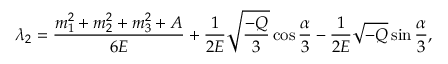
\lambda _ { 2 } = \frac { m _ { 1 } ^ { 2 } + m _ { 2 } ^ { 2 } + m _ { 3 } ^ { 2 } + A } { 6 E } + \frac 1 { 2 E } \sqrt { \frac { - Q } 3 } \cos \frac \alpha 3 - \frac 1 { 2 E } \sqrt { - Q } \sin \frac \alpha 3 ,